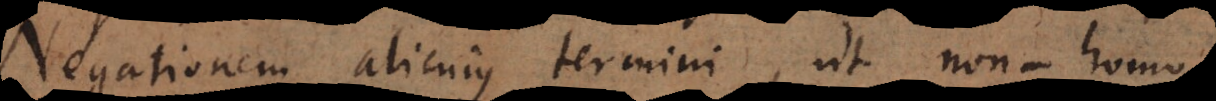
Negationem alicujus termini, ut non‐homo,